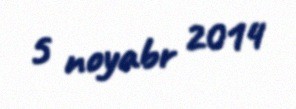
5 noyabr 2014